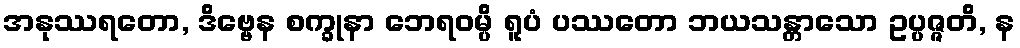
အနုဿရတော, ဒိဗ္ဗေန စက္ခုနာ ဘေရဝမ္ပိ ရူပံ ပဿတော ဘယသန္တာသော ဥပ္ပဇ္ဇတိ, န